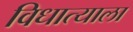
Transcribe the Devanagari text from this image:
विधात्याला